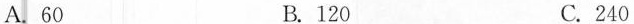
A.60 B.120 C.240